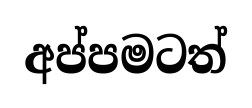
අප්පමටත්